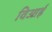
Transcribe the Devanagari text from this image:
विआई